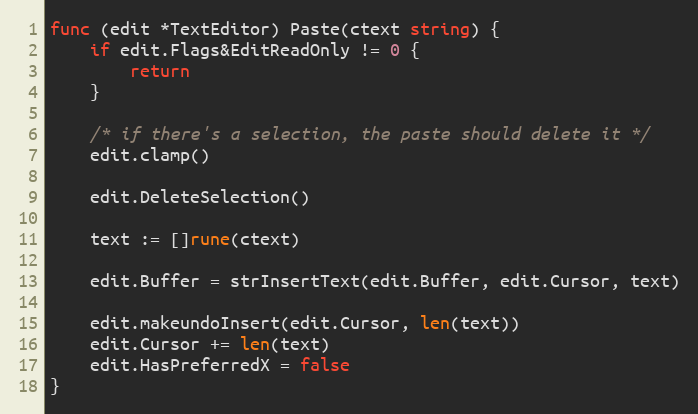
Language: Go
func (edit *TextEditor) Paste(ctext string) {
	if edit.Flags&EditReadOnly != 0 {
		return
	}

	/* if there's a selection, the paste should delete it */
	edit.clamp()

	edit.DeleteSelection()

	text := []rune(ctext)

	edit.Buffer = strInsertText(edit.Buffer, edit.Cursor, text)

	edit.makeundoInsert(edit.Cursor, len(text))
	edit.Cursor += len(text)
	edit.HasPreferredX = false
}